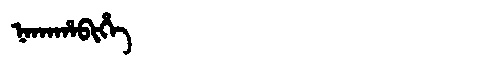
Manchu: ᠨᠠᡴᠠᡥᠠᠪᡳᡥᡝ
Romanization: NAKAHABIHE